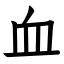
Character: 血